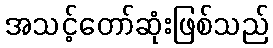
အသင့်တော်ဆုံးဖြစ်သည်